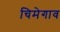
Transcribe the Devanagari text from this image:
चिमेगाव